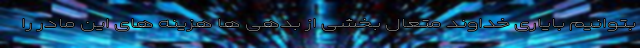
بتوانیم بایاری خداوند متعال بخشی از بدهی ها هزینه های این مادر را